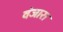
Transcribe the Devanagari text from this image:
वंजारा